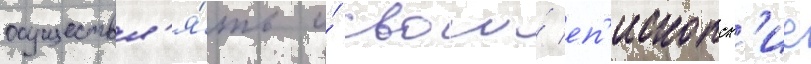
осуществл'я́ть и́ свои́ еп'ископск'ие